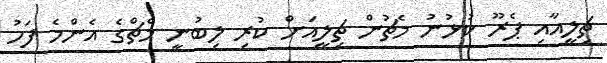
ޗިލީއާއި ޕެރޫ ކުޅުނު މެޗުން ޗިލީއަށް ކުރި ލިބުނީ މެޗްގެ އެންމެ ފަހު